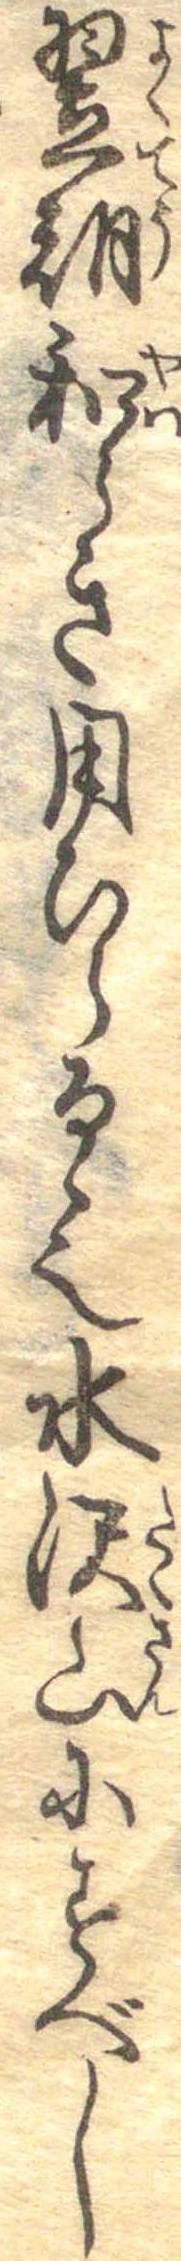
翌朝和らき用ひらるゝ也水沢山にすべし